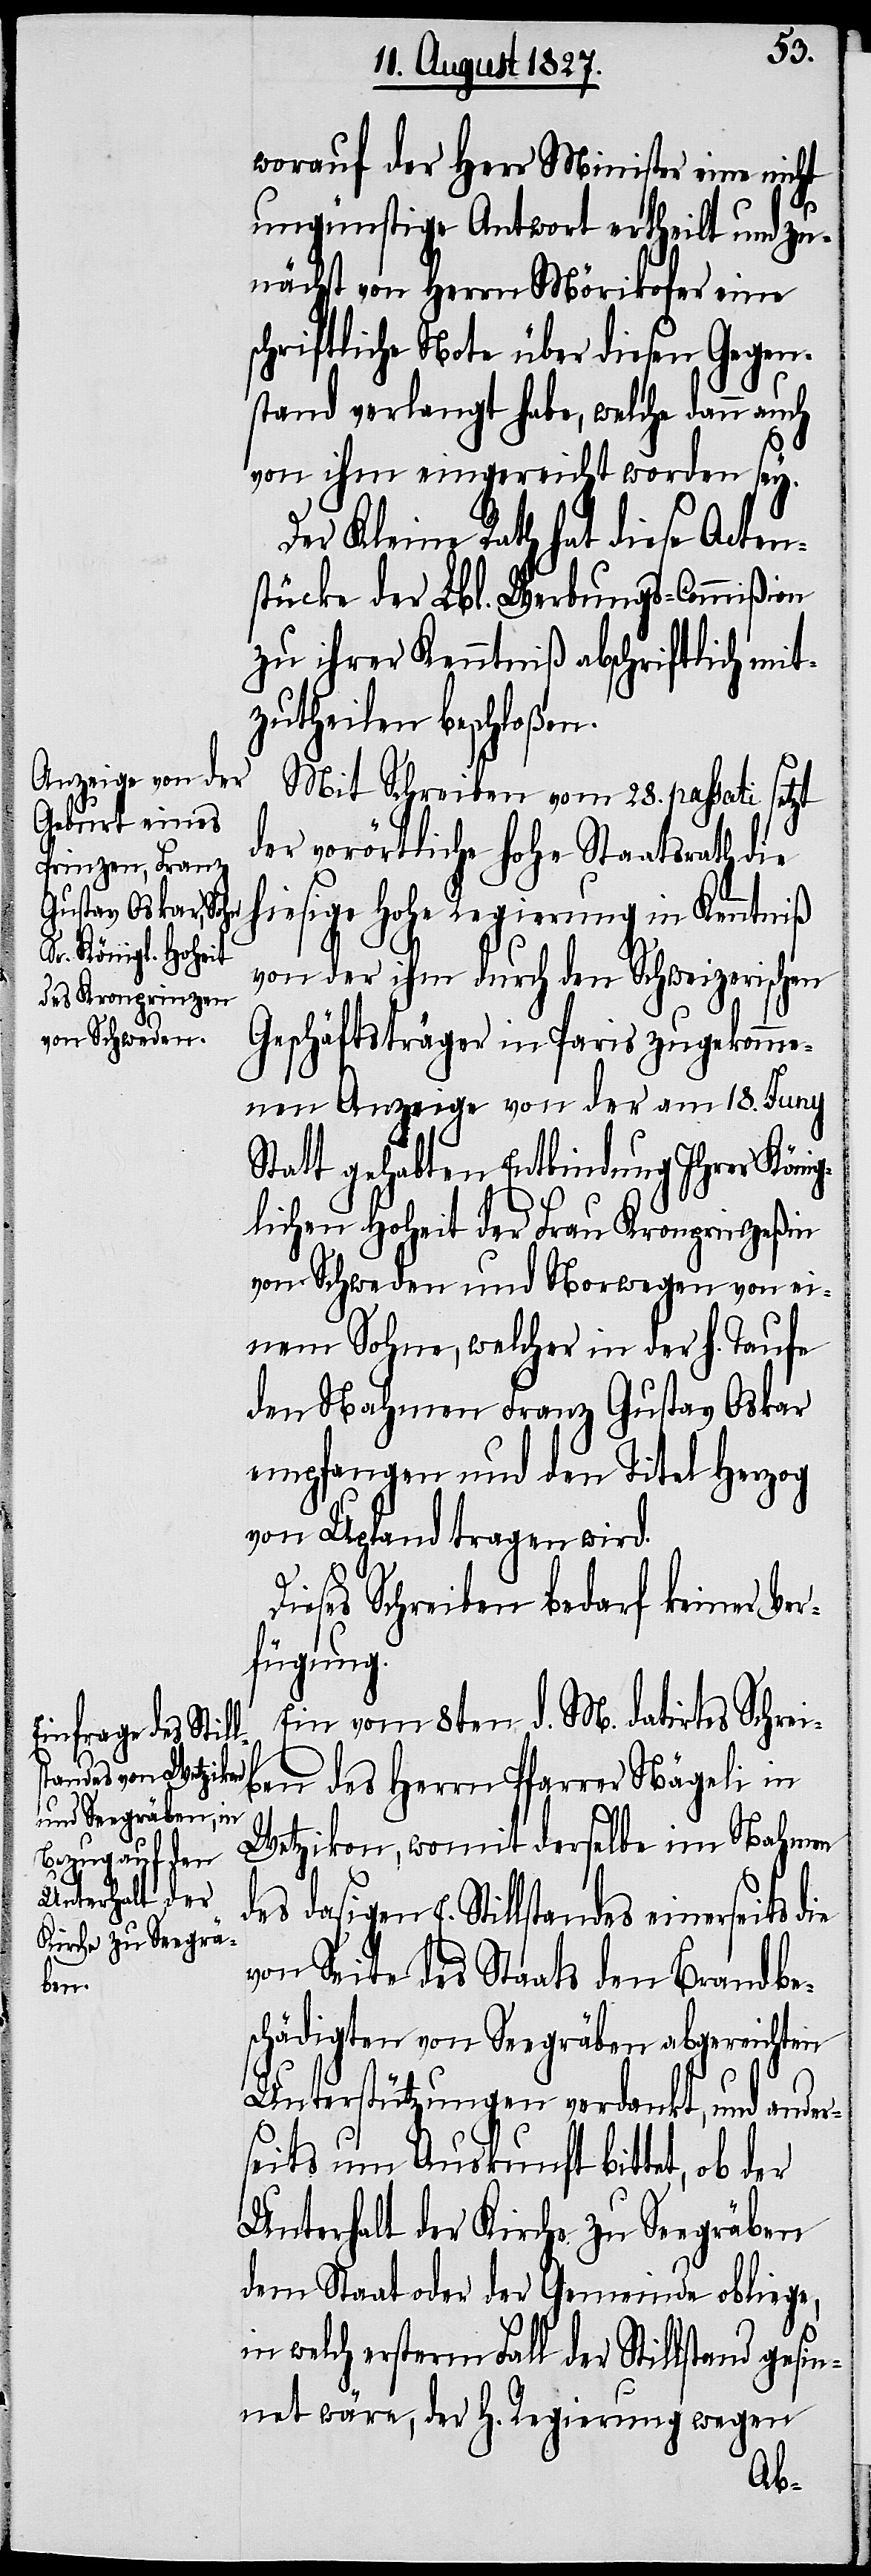
worauf der Herr Minister eine nicht
ungünstige Antwort ertheilt und zu¬
nächst von Herrn Mörikofer eine
schriftliche Note über diesen Gegen¬
stand verlangt habe, welche dann auch
von ihm eingereicht worden sey.
Der Kleine Rath hat diese Acten¬
stücke der Lbl. Werbungs-Commißion
zu ihrer Kenntniß abschriftlich mit¬
zutheilen beschloßen.
Mit Schreiben vom 28. passati setzt
der vorörtliche hohe Staatsrath die
hiesige Hohe Regierung in Kenntniß
von der ihm durch den Schweizerischen
Geschäftsträger in Paris zugekom¬
men Anzeige von der am 18. Juny
Statt gehabten Entbindung Ihrer Köni¬
glichen Hoheit der Frau Kronprinzeßin
von Schweden und Norwegen von ei¬
nem Sohne, welcher in der h. Taufe
den Nahmen Franz Gustav Oskar
empfangen und den Titel Herzog
von Upland tragen wird.
ieses Schreiben bedarf keiner Ver¬
fügung.
Ein vom 8ten d. M. datirtes Schrei¬
ben des Herrn Pfarrer Nägeli in
Wetzikon, womit derselbe im Namen
des dasigen E. Stillstandes einerseits die
von Seite des Staates den Brandbes¬
chädigten von Seegräben abgereichten
Unterstützungen verdankt, und ander¬
seits um Auskunft bittet, ob der
Unterhalt der Kirche zu Seegräben
dem Staat oder der Gemeinde obliege,
in welch ersterm Fall der Stillstand gesi¬
nnet wäre, der H. Regierung wegen
D¬